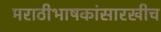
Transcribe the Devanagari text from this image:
मराठीभाषकांसारखीच